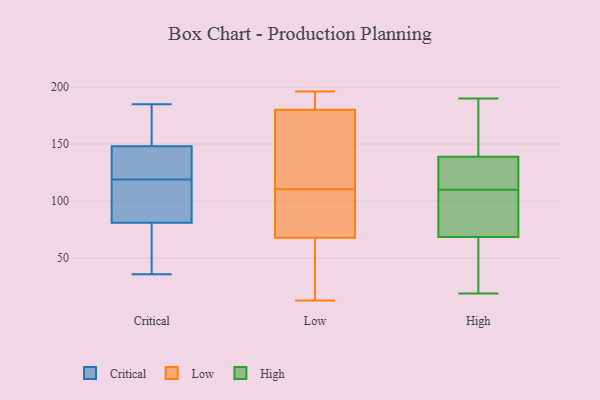
{"axis": {"x": "Operating Costs (USD K)", "y": "Value"}, "legend": ["Critical", "High", "Low"], "data": [{"x": "", "y": 117, "type": "Critical"}, {"x": "", "y": 148, "type": "Critical"}, {"x": "", "y": 61, "type": "Critical"}, {"x": "", "y": 43, "type": "Critical"}, {"x": "", "y": 170, "type": "Critical"}, {"x": "", "y": 83, "type": "Critical"}, {"x": "", "y": 121, "type": "Critical"}, {"x": "", "y": 185, "type": "Critical"}, {"x": "", "y": 183, "type": "Critical"}, {"x": "", "y": 129, "type": "Critical"}, {"x": "", "y": 131, "type": "Critical"}, {"x": "", "y": 110, "type": "Critical"}, {"x": "", "y": 36, "type": "Critical"}, {"x": "", "y": 81, "type": "Critical"}, {"x": "", "y": 66, "type": "Low"}, {"x": "", "y": 48, "type": "Low"}, {"x": "", "y": 155, "type": "Low"}, {"x": "", "y": 186, "type": "Low"}, {"x": "", "y": 142, "type": "Low"}, {"x": "", "y": 107, "type": "Low"}, {"x": "", "y": 181, "type": "Low"}, {"x": "", "y": 70, "type": "Low"}, {"x": "", "y": 196, "type": "Low"}, {"x": "", "y": 72, "type": "Low"}, {"x": "", "y": 49, "type": "Low"}, {"x": "", "y": 63, "type": "Low"}, {"x": "", "y": 79, "type": "Low"}, {"x": "", "y": 114, "type": "Low"}, {"x": "", "y": 193, "type": "Low"}, {"x": "", "y": 183, "type": "Low"}, {"x": "", "y": 91, "type": "Low"}, {"x": "", "y": 13, "type": "Low"}, {"x": "", "y": 145, "type": "Low"}, {"x": "", "y": 179, "type": "Low"}, {"x": "", "y": 129, "type": "High"}, {"x": "", "y": 185, "type": "High"}, {"x": "", "y": 77, "type": "High"}, {"x": "", "y": 60, "type": "High"}, {"x": "", "y": 99, "type": "High"}, {"x": "", "y": 84, "type": "High"}, {"x": "", "y": 126, "type": "High"}, {"x": "", "y": 19, "type": "High"}, {"x": "", "y": 146, "type": "High"}, {"x": "", "y": 28, "type": "High"}, {"x": "", "y": 84, "type": "High"}, {"x": "", "y": 22, "type": "High"}, {"x": "", "y": 184, "type": "High"}, {"x": "", "y": 190, "type": "High"}, {"x": "", "y": 132, "type": "High"}, {"x": "", "y": 121, "type": "High"}]}